Indian journal of veterinary science and animal husbandry - Volume 2,
Year: 1932
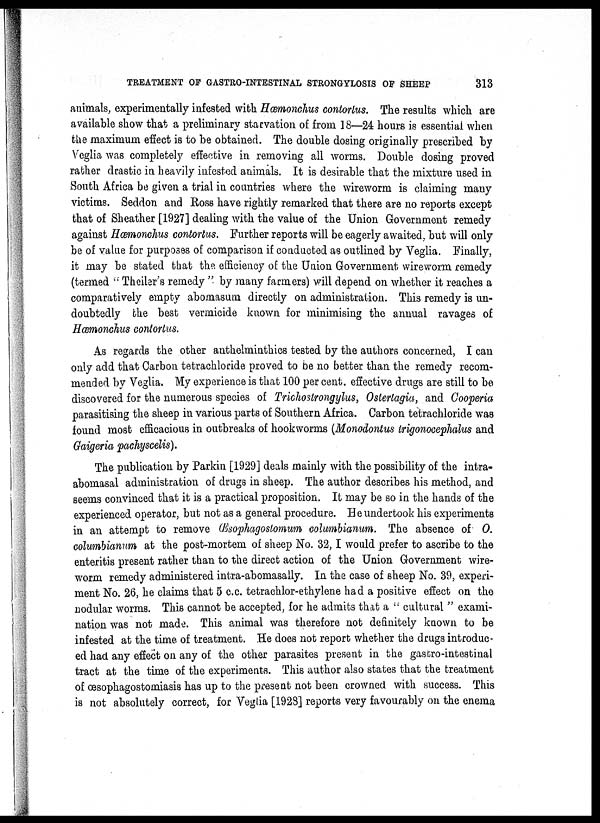
TREATMENT OF GASTRO-INTESTINAL STRONGYLOSIS OF SHEEP
313
animals, experimentally infested with Hæmonchus contortus. The results which are
available show that a preliminary starvation of from 18—24 hours is essential when
the maximum effect is to be obtained. The double dosing originally prescribed by
Veglia was completely effective in removing all worms. Double dosing proved
rather drastic in heavily infested animals. It is desirable that the mixture used in
South Africa be given a trial in countries where the wireworm is claiming many
victims. Seddon and Ross have rightly remarked that there are no reports except
that of Sheather [1927] dealing with the value of the Union Government remedy
against Hæmonchus contortus. Further reports will be eagerly awaited, but will only
be of value for purposes of comparison if conducted as outlined by Veglia. Finally,
it may be stated that the efficiency of the Union Government wireworm remedy
(termed " Theiler's remedy " by many farmers) will depend on whether it reaches a
comparatively empty abomasum directly on administration. This remedy is un-
doubtedly the best vermicide known for minimising the annual ravages of
Hæmonchus contortus.
As regards the other anthelminthics tested by the authors concerned, I can
only add that Carbon tetrachloride proved to be no better than the remedy recom-
mended by Veglia. My experience is that 100 per cent. effective drugs are still to be
discovered for the numerous species of Trichostrongylus, Osterlagia, and Cooperia
parasitising the sheep in various parts of Southern Africa. Carbon tetrachloride was
found most efficacious in outbreaks of hookworms (Monodontus trigonocephalus and
Gaigeria pachyscelis).
The publication by Parkin [1929] deals mainly with the possibility of the intra¬
abomasal administration of drugs in sheep. The author describes his method, and
seems convinced that it is a practical proposition. It may be so in the hands of the
experienced operator, but not as a general procedure. He undertook his experiments
in an attempt to remove Œsophagostomum columbianum. The absence of O.
columbianum at the post-mortem of sheep No. 32,I would prefer to ascribe to the
enteritis present rather than to the direct action of the Union Government wire-
worm remedy administered intra-abomasally. In the case of sheep No. 39, experi-
ment No. 26, he claims that 5 c.c. tetrachlor-ethylene had a positive effect on the
nodular worms. This cannot be accepted, for he admits that a " cultural " exami-
nation was not made. This animal was therefore not definitely known to be
infested at the time of treatment. He does not report whether the drugs introduc-
ed had any effect on any of the other parasites present in the gastro-intestinal
tract at the time of the experiments. This author also states that the treatment
of œsophagostomiasis has up to the present not been crowned with success. This
is not absolutely correct, for Veglia [1928] reports very favourably on the enema